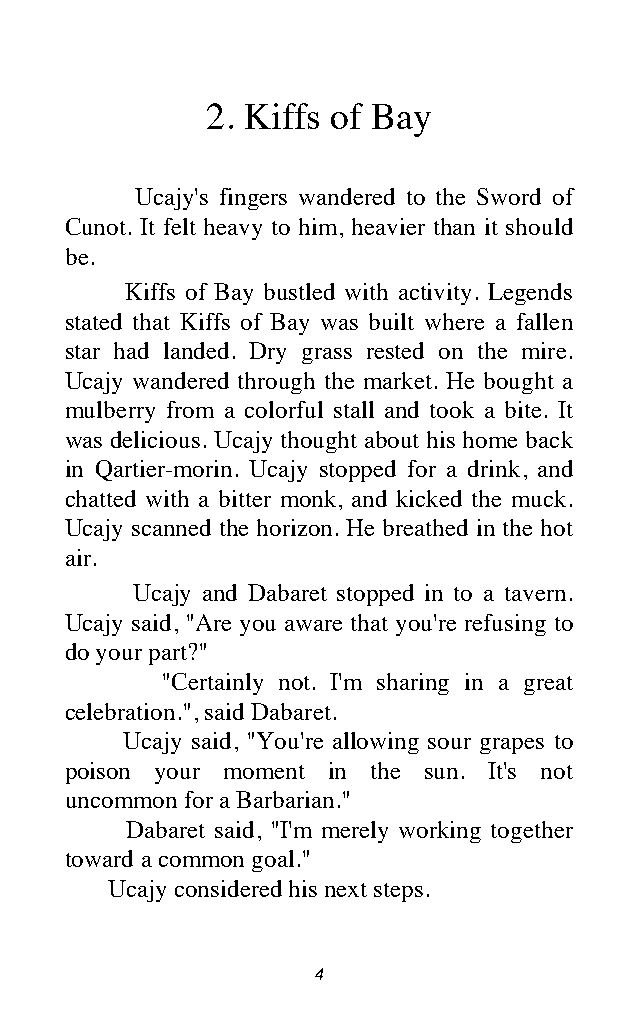
2. Kiffs of Bay
 Ucajy's fingers wandered to the Sword of
 Cunot. It felt heavy to him, heavier than it should
 be.
 Kiffs of Bay bustled with activity. Legends
 stated that Kiffs of Bay was built where a fallen
 star had landed. Dry grass rested on the mire.
 Ucajy wandered through the market. He bought a
 mulberry from a colorful stall and took a bite. It
 was delicious. Ucajy thought about his home back
 in Qartier-morin. Ucajy stopped for a drink, and
 chatted with a bitter monk, and kicked the muck.
 Ucajy scanned the horizon. He breathed in the hot
 air.
 Ucajy and Dabaret stopped in to a tavern.
 Ucajy said, "Are you aware that you're refusing to
 do your part?"
 "Certainly not. I'm sharing in a great
 celebration.", said Dabaret.
 Ucajy said, "You're allowing sour grapes to
 poison your moment in the sun. It's not
 uncommon for a Barbarian."
 Dabaret said, "I'm merely working together
 toward a common goal."
 Ucajy considered his next steps.
 4